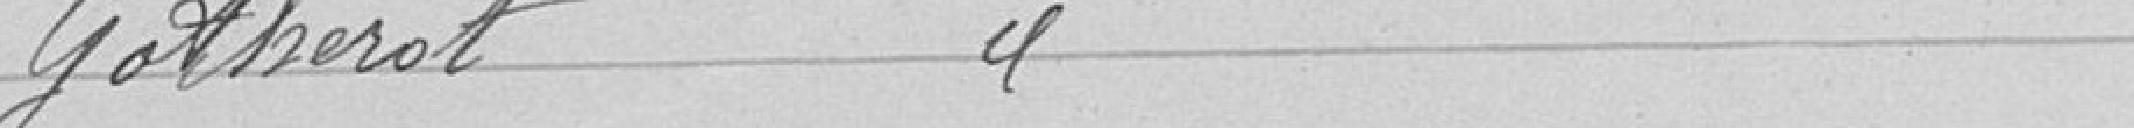
Gotherot  "                                                        600